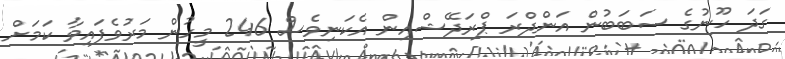
ގަދަ ހޫނުގެ ސަބަބުން އަންދްރަ ޕްރަދޭޝްއިން އެކަނިވެސް 246 މީހުން މަރުވެފައިވާ ކަމަށް